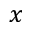
x